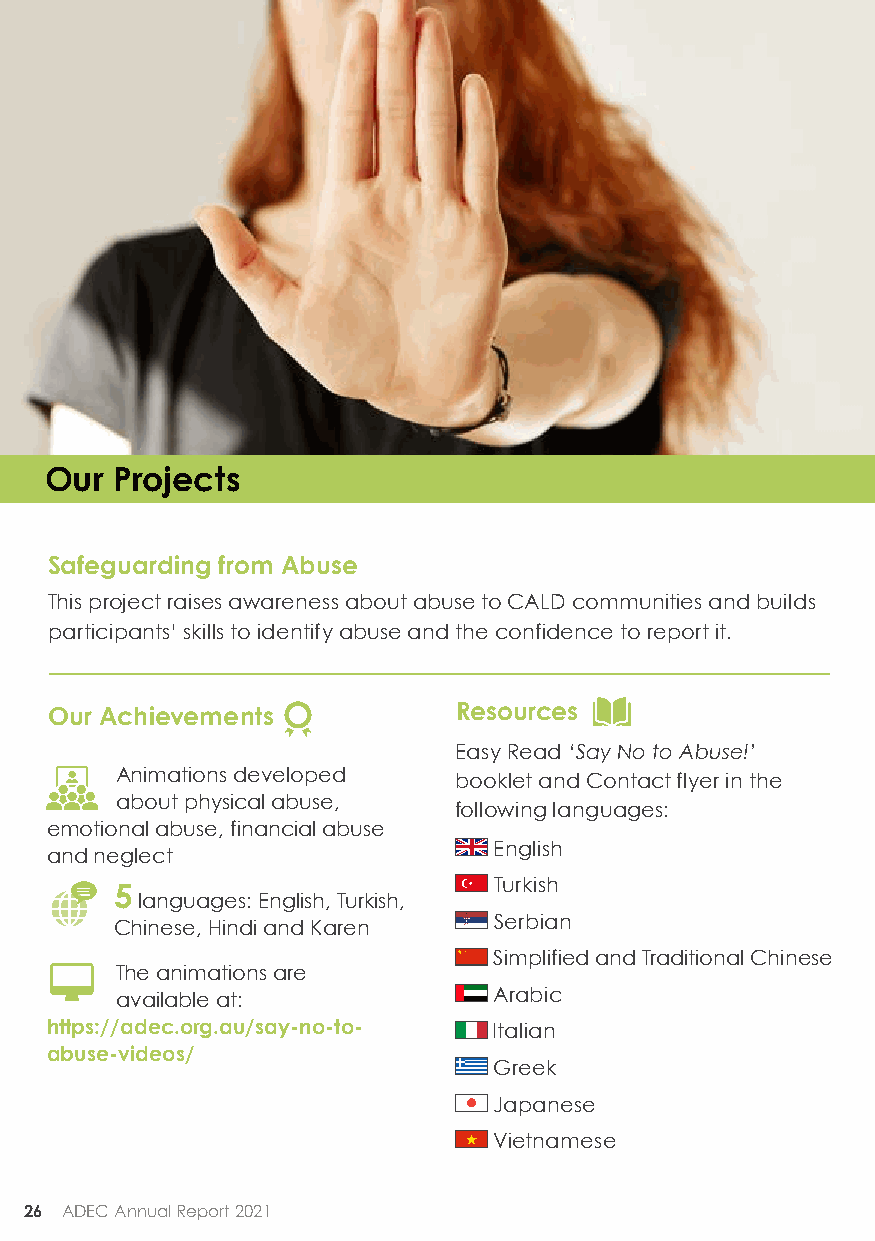
Our  Projects
 Safeguarding from Abuse
 This project raises awareness about abuse to CALD communities and builds
 participants’ skills to identify abuse and the confidence to report it.
 Our Achievements           Resources
 Easy Read ‘Say No to Abuse!’
 Animations developed  booklet and Contact flyer in the
 about physical abuse,
 following languages:
 emotional abuse, financial abuse
 English
 and neglect
 Turkish
 5
 languages: English, Turkish,
 Serbian
 Chinese, Hindi and Karen
 Simplified and Traditional Chinese
     The animations are
 available at:            Arabic
 https://adec.org.au/say-no-to- Italian
 abuse-videos/
 Greek
 Japanese
 Vietnamese
 26 ADEC Annual Report 2021